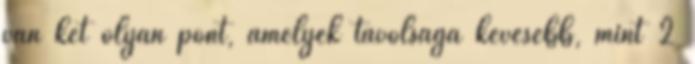
van két olyan pont, amelyek távolsága kevesebb, mint 2